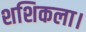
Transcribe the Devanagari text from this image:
शशिकला।